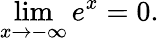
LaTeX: \operatorname*{lim}_{x\to-\infty}e^{x}=0.